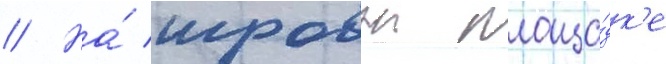
// На́ игровои площа́дк'е